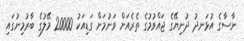
ނާސާގެ އުޅަނދު ދުނިޔޭގެ ޖައްވުމުގެ ތެރެއަށް ވަނުމަށް ގަޑިއަކު 20000 މޭލުގެ ބާރުމިނުގައި